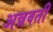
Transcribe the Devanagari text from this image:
अन्नवती